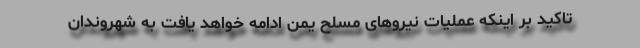
تاکید بر اینکه عملیات نیروهای مسلح یمن ادامه خواهد یافت به شهروندان